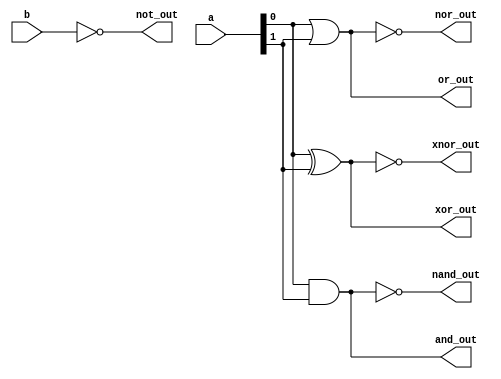
module covered_cells (
    input wire [1:0] a,        // 2-bit input for functions that require 2 inputs
    input wire b,              // 1-bit input for functions that require 1 input
    output wire and_out,       // AND output
    output wire or_out,        // OR output
    output wire not_out,       // NOT output
    output wire nand_out,      // NAND output
    output wire nor_out,       // NOR output
    output wire xor_out,       // XOR output
    output wire xnor_out       // XNOR output
);

// Basic Logic Functions
assign and_out = a[0] & a[1]; // AND
assign or_out = a[0] | a[1];  // OR
assign not_out = ~b;          // NOT
assign nand_out = ~(a[0] & a[1]); // NAND
assign nor_out = ~(a[0] | a[1]);  // NOR
assign xor_out = a[0] ^ a[1]; // XOR
assign xnor_out = ~(a[0] ^ a[1]); // XNOR

endmodule